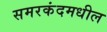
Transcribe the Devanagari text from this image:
समरकंदमधील